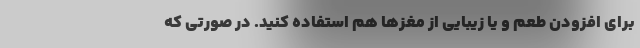
برای افزودن طعم و یا زیبایی از مغزها هم استفاده کنید. در صورتی که